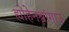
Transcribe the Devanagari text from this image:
ह्योहेनश्वांगाउ